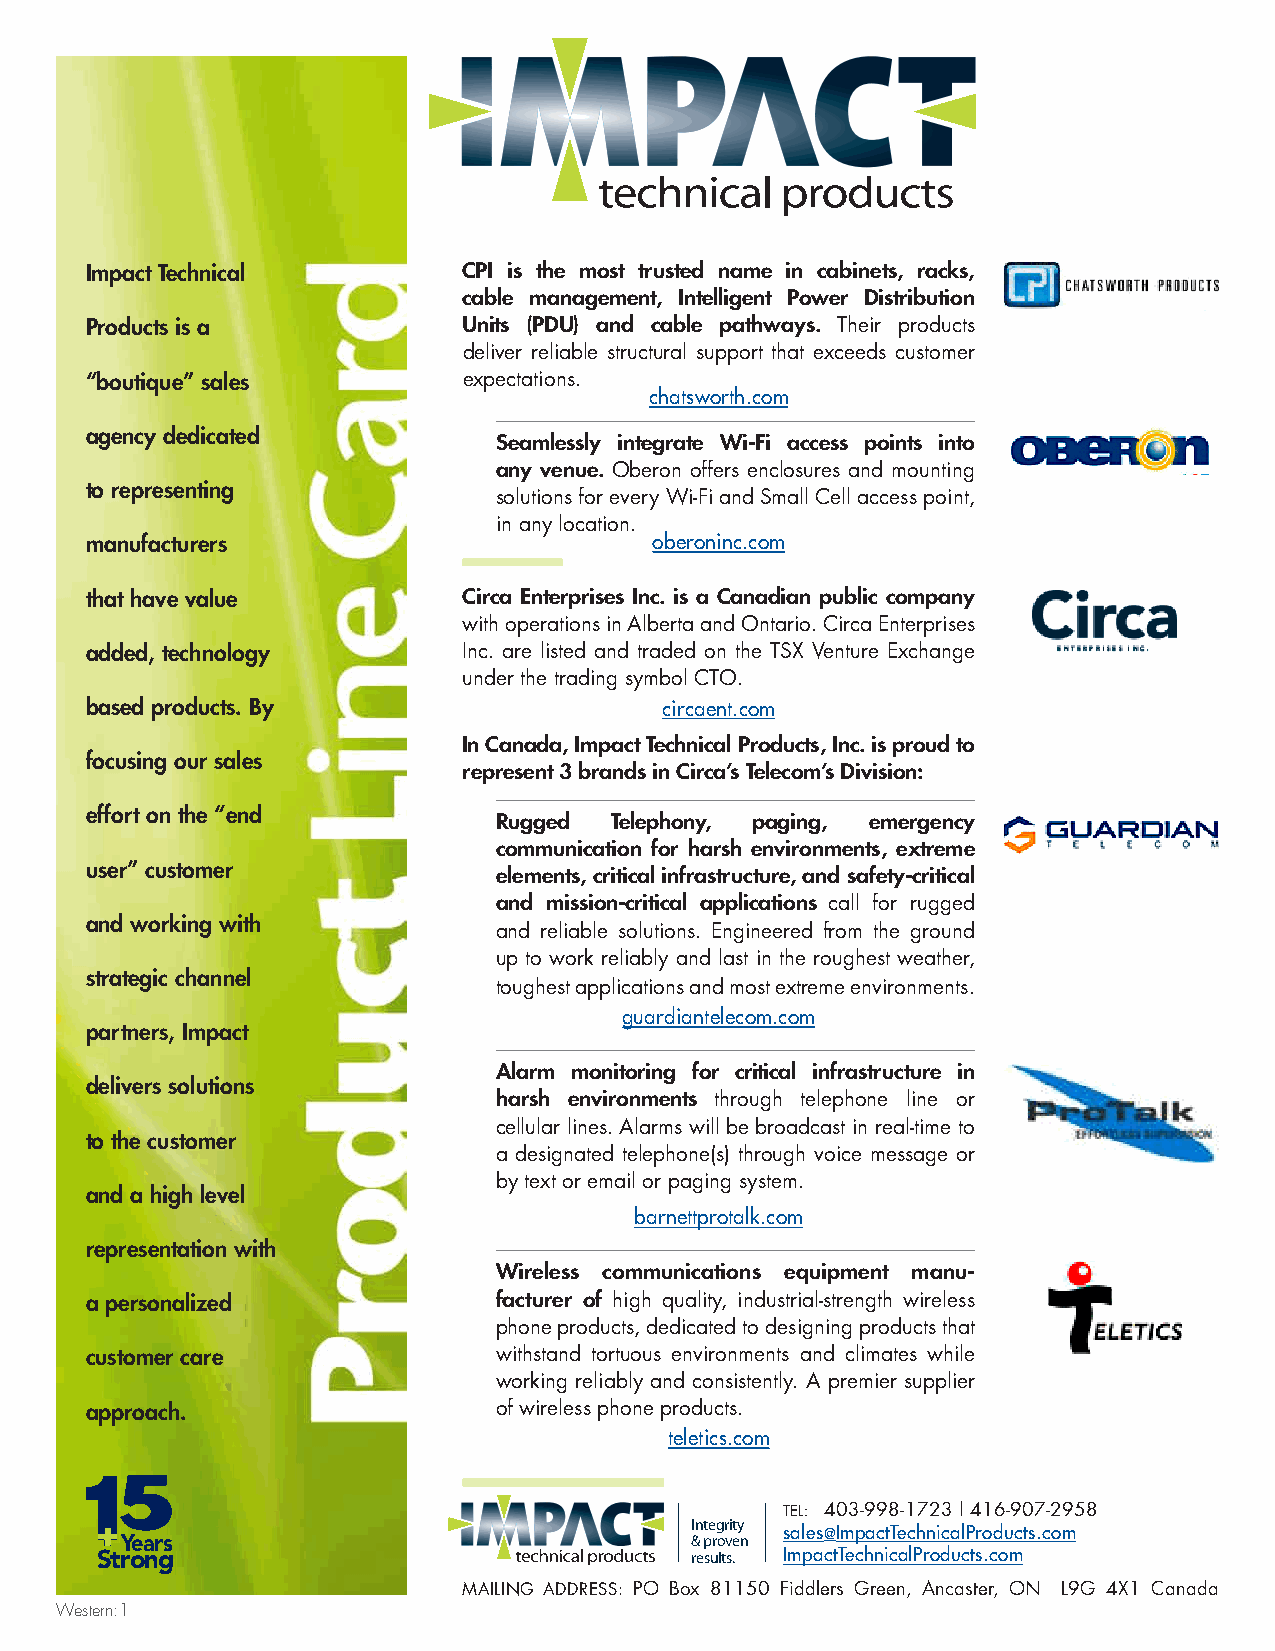
Impact Technical         CPI is the most trusted name in cabinets, racks,
 cable management, Intelligent Power Distribution
 Products is a            Units (PDU) and cable pathways. Their products
 deliver reliable structural support that exceeds customer
 “boutique” sales         expectations.
 chatsworth.com
 agency dedicated
 Seamlessly integrate Wi-Fi access points into
 any venue. Oberon offers enclosures and mounting
 to representing
 solutions for every Wi-Fi and Small Cell access point,
 in any location.
 manufacturers                        oberoninc.com
 that have value          Circa Enterprises Inc. is a Canadian public company
 with operations in Alberta and Ontario. Circa Enterprises
 added, technology        Inc. are listed and traded on the TSX Venture Exchange
 under the trading symbol CTO.
 based products. By                    circaent.com
 In Canada, Impact Technical Products, Inc. is proud to
 focusing our sales
 represent 3 brands in Circa’s Telecom’s Division:
 effort on the “end
 Rugged Telephony, paging, emergency
 communication for harsh environments, extreme
 user” customer
 elements, critical infrastructure, and safety-critical
 and mission-critical applications call for rugged
 and working with
 and reliable solutions. Engineered from the ground
 up to work reliably and last in the roughest weather,
 strategic channel
 toughest applications and most extreme environments.
 guardiantelecom.com
 partners, Impact
 Alarm monitoring for critical infrastructure in
 delivers solutions
 harsh environments through telephone line or
 cellular lines. Alarms will be broadcast in real-time to
 to the customer
 a designated telephone(s) through voice message or
 by text or email or paging system.
 and a high level
 barnettprotalk.com
 representation with
 Wireless communications equipment manu-
 a personalized             facturer of high quality, industrial-strength wireless
 phone products, dedicated to designing products that
 customer care              withstand tortuous environments and climates while
 working reliably and consistently. A premier supplier
 approach.                  of wireless phone products.
 teletics.com
 5
 TEL: 403-998-1723 | 416-907-2958
 Integrity Integrity
 Y ears                                & proven &s pa rl oe vs e@ nImpactTechnicalProducts.com
 Strong                                  results. reImsupltsa.ctTechnicalProducts.com
 MAILING ADDRESS: PO Box 81150 Fiddlers Green, Ancaster, ON L9G 4X1 Canada
 Western:1